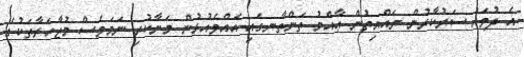
އެ ދުވަހު ސަރުކާރުން ރައްޔިތުން ޢާއްމު ތަންތާނގައި އެއްވެއުޅުން މަނާކުރި ނަމަވެސް މުޒާހަރާތަކުގެ